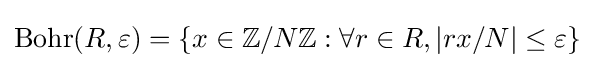
\operatorname {Bohr} (R,\varepsilon )=\{x\in \mathbb {Z} /N\mathbb {Z} :\forall r\in R,|rx/N|\leq \varepsilon \}